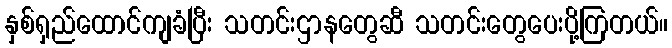
နှစ်ရှည်ထောင်ကျခံပြီး သတင်းဌာနတွေဆီ သတင်းတွေပေးပို့ကြတယ်။